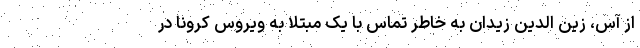
از آس، زین الدین زیدان به خاطر تماس با یک مبتلا به ویروس کرونا در